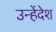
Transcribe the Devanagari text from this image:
उन्हेंदेश